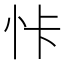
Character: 𱞊